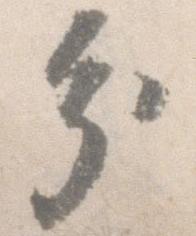
分